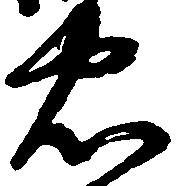
忠